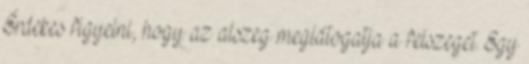
Érdekes figyelni, hogy az alszeg meglátogatja a felszeget. Egy